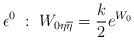
LaTeX: \begin{align*}\epsilon^{0} \; : \; W_{0\eta\overline{\eta}}={k\over 2}e^{W_0}\end{align*}